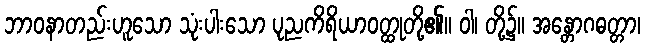
ဘာဝနာတည်းဟူသော သုံးပါးသော ပုညကိရိယာဝတ္ထုတို့၏။ ဝါ၊ တို့၌။ အန္တောဂဓတ္တာ၊